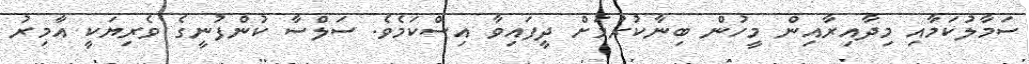
ސަމާލުކަމާއި މިދާއިރާއިން މީހުން ބިނާކުރުމަށް ދީފައިވާ އިސްކަމެވެ. ސަލްސާ ކުންފުނީގެ ވެރިޔަކީ އާމިރު